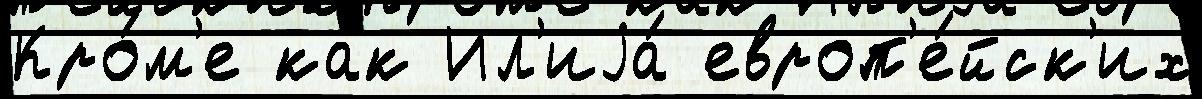
Кро́м'е как Ил'иjа́ европ'е́йск'их